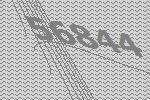
56844